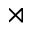
\rtimes